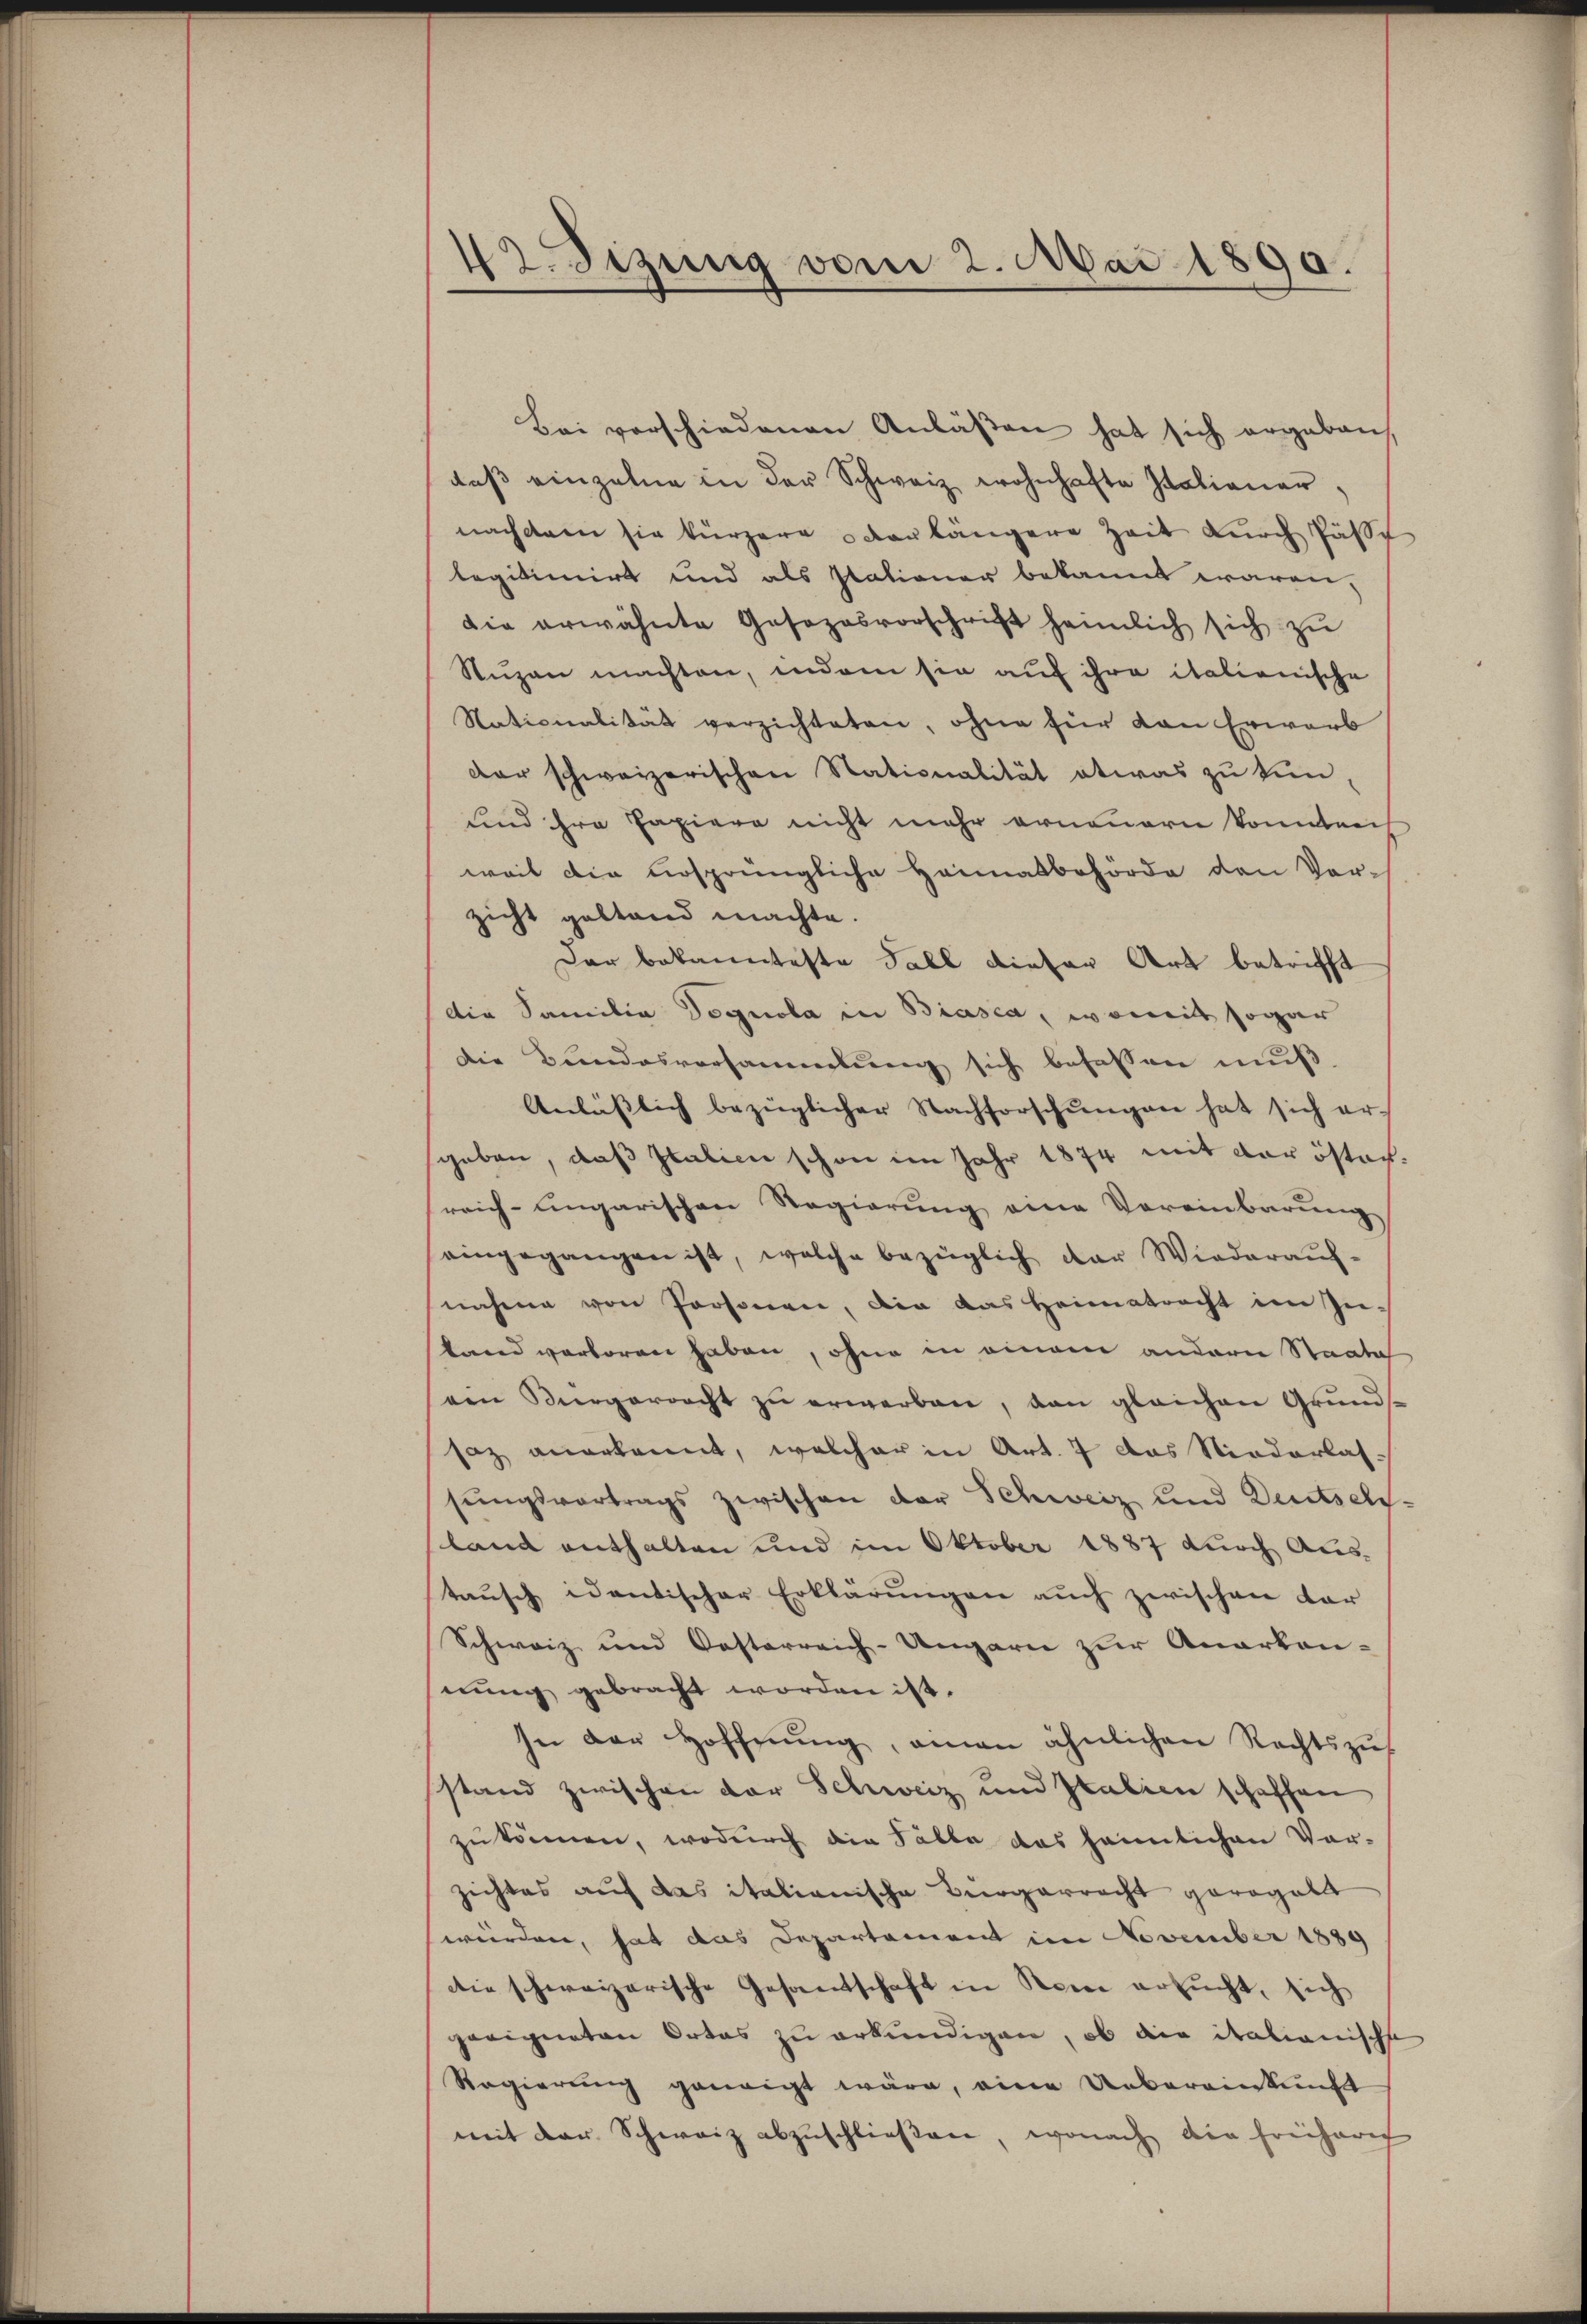
42. Sizung vom 2. Mai 1890.

Bei verschiedenen Anlassen hat sich ergeben,
daβ einzelne in der Schweiz wohnhafte Italianer,
nachdem sie kürzere vorlängere Zeit durch Past
legitimirt und als stationer bekannt waren,
die erwähnte Gesezesvorschrift heimlich sich zŭ
Stuzen machten, indem sie auf ihre italienische
Nationalität verzichteten, ohne für den Erwarb
der schweizerischen Nationalität etwas zu tun,
und ihre Papiere nicht mehr erneuern konntens
weil die ursprüngliche Heimatbehörde den Vorzicht geltend machte.
Dar bekannteste Fall dieser Art betrifft
die Familia Gognola in Biasca, womit sogar
dDie Bundesversammlung sich befassen muß.
Anlässlich bezüglicher Nachforschŭngen hat sich er-
geben, daß Italien schon im Jahr 1874 mit der österreich-ungarischen Regierung eine Vereinbarung
eingegangen ist, welche bezüglich der Wiederauf-
nahme von Personen, die das Heimatracht im Instand verloren haben, ohne in einem andere Staates
ven Bürgerracht zŭ erwerben, dan gleichen Grundst
saz anerkannt, welcher in Art. 7 das Niederlassungsvortrags zwischen der Schweiz und Deutsch-
land enthalten und im Oktober 1887 durch Aus-
taŭsch identischer Erklärŭngen auch zwischen dar
Schweiz und Kosterreich-Ungarn zur Anerkan-
nung gebracht worden ist.
In der Hoffnŭng, einen ähnlichen Rechtszus
stand zwischen der Schweiz und Italien schaffen
zŭ können, wodurch die Fälle das heimlichen Vor-
zichtes auf das italianische Bürgerrecht gerogalt
werden, hat das Departament im November 1889
die schweizerische Gesandschaft in Reine ersucht, sich
geeigneten Ortes zu erkundigen, ob die italianische
Regierŭng geneigt wäre, eine Uebereinkunft
mit der Schweiz abzuschließen, wonach die Freiharich